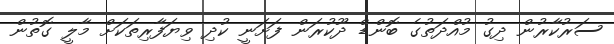
ސަރުކާރުން ދިގު މުއްދަތުގެ ބޮންޑް ދޫކުރަން ފަށަނީ ކުދި ވިޔަފާރިތަކަށް މާލީ ގޮތުން